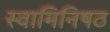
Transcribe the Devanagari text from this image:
स्वामिनिषठ